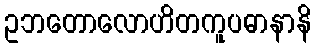
ဥဘတောလောဟိတကူပဓာနာနိ